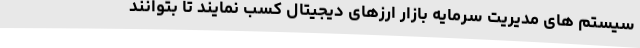
سیستم های مدیریت سرمایه بازار ارزهای دیجیتال کسب نمایند تا بتوانند